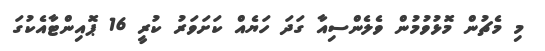
މި މެޗުން މޮޅުވުމުން ވެލެންސިއާ ގަދަ ހަޔެއް ކަށަވަރު ކުރީ 16 ޕޮއިންޓާއެކުގަ